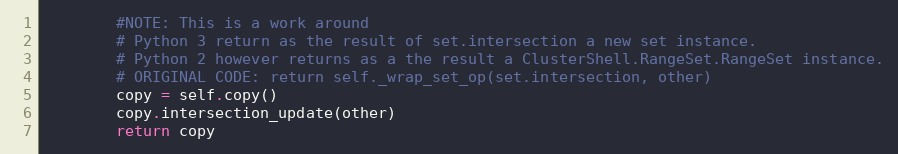
Language: Python
        #NOTE: This is a work around
        # Python 3 return as the result of set.intersection a new set instance.
        # Python 2 however returns as a the result a ClusterShell.RangeSet.RangeSet instance.
        # ORIGINAL CODE: return self._wrap_set_op(set.intersection, other)
        copy = self.copy()
        copy.intersection_update(other)
        return copy